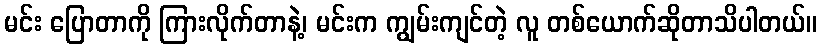
မင်း ပြောတာကို ကြားလိုက်တာနဲ့၊ မင်းက ကျွမ်းကျင်တဲ့ လူ တစ်ယောက်ဆိုတာသိပါတယ်။